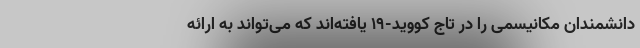
دانشمندان مکانیسمی را در تاج کووید-۱۹ یافته‌اند که می‌تواند به ارائه